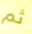
ثم